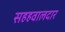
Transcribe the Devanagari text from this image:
सहहवालदार